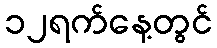
၁၂ရက်နေ့တွင်